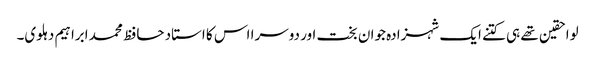
لواحقین تھے ہی کتنے ایک شہزادہ جوان بخت اور دوسرا اس کا استاد حافظ محمد ابراہیم دہلوی۔